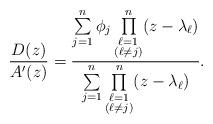
LaTeX: \begin{align*}\frac{D(z)}{A'(z)}=\frac{\sum\limits_{j=1}^n\phi_j\prod\limits_{\substack{\ell=1\\ (\ell\neq j)}}^n(z-\lambda_\ell)}{\sum\limits_{j=1}^n\prod\limits_{\substack{\ell=1\\ (\ell\neq j)}}^n(z-\lambda_\ell)}.\end{align*}